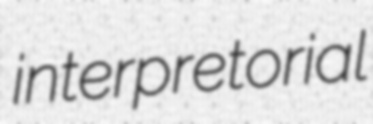
interpretorial